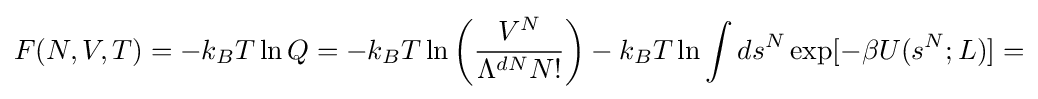
F(N,V,T)=-k_{B}T\ln Q=-k_{B}T\ln \left({\frac {V^{N}}{\Lambda ^{dN}N!}}\right)-k_{B}T\ln {\int ds^{N}\exp[-\beta U(s^{N};L)]}=